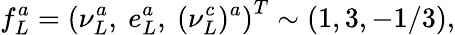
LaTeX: f_{L}^{a}=\left(\nu_{L}^{a},\ e_{L}^{a},\ (\nu_{L}^{c})^{a}\right)^{T}\sim(1,3,-1/3),